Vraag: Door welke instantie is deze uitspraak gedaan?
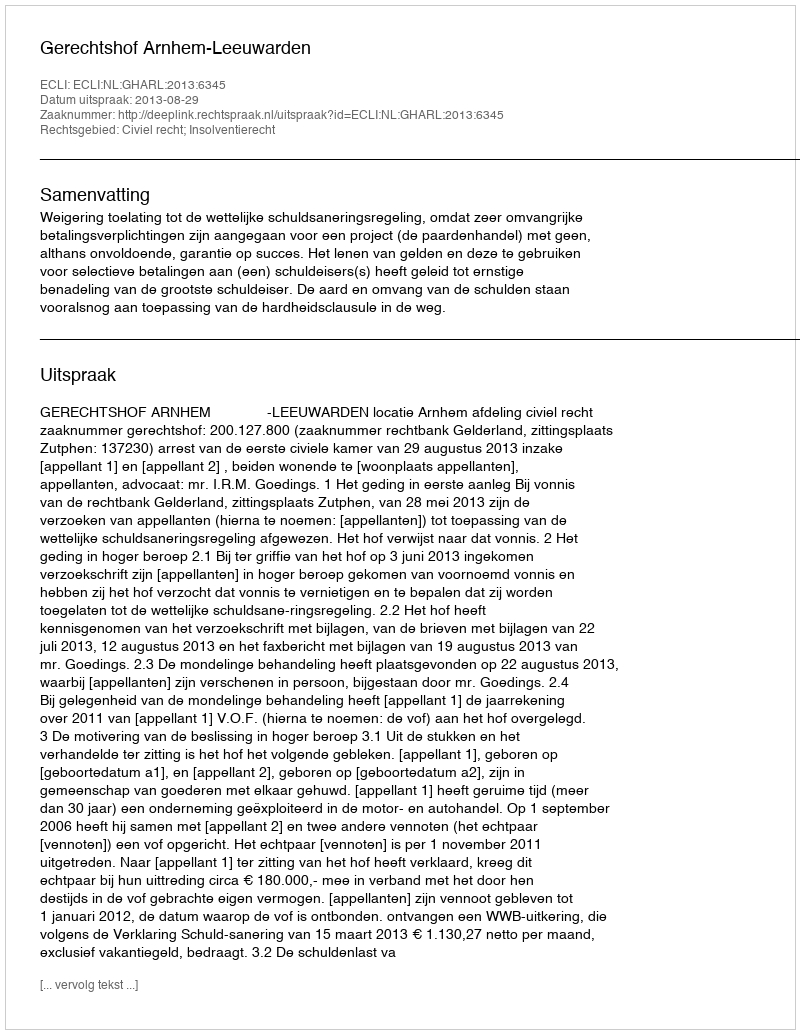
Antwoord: Gerechtshof Arnhem-Leeuwarden